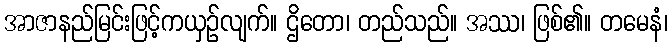
အာဇာနည်မြင်းဖြင့်ကယှဉ်လျက်။ ဌိတော၊ တည်သည်။ အဿ၊ ဖြစ်၏။ တမေနံ၊